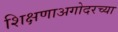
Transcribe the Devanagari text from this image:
शिक्षणाअगोदरच्या